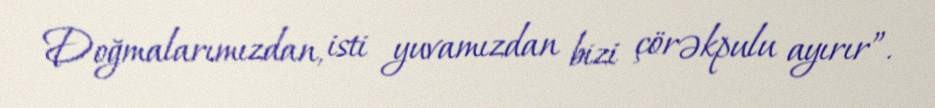
Doğmalarımızdan, isti yuvamızdan bizi çörəkpulu ayırır”.